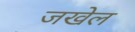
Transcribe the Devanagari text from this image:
जखेल